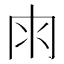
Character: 𠕒